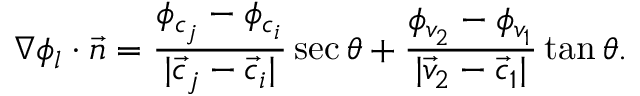
\nabla \phi _ { l } \cdot \vec { n } = \frac { \phi _ { c _ { j } } - \phi _ { c _ { i } } } { | \vec { c } _ { j } - \vec { c } _ { i } | } \sec \theta + \frac { \phi _ { v _ { 2 } } - \phi _ { v _ { 1 } } } { | \vec { v } _ { 2 } - \vec { c } _ { 1 } | } \tan \theta .